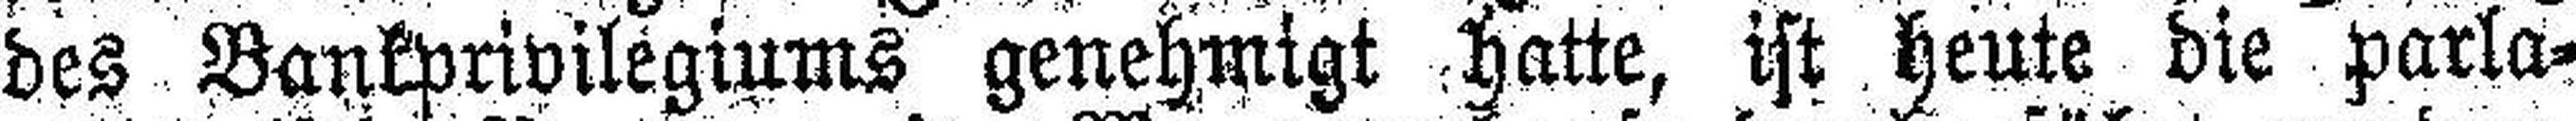
des Bankprivilegiums genehmigt hatte, ist heute die parla¬